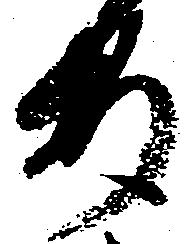
安